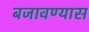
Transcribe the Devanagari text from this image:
बजावण्यास